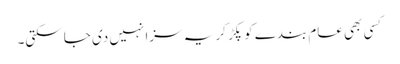
کسی بھی عام بندے کو پکڑ کر یہ سزا نہیں دی جا سکتی۔